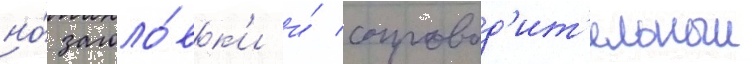
но́ заголо́вк'и и́ сопровод'ит'ельныи